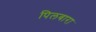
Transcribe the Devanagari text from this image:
पिलबारा